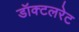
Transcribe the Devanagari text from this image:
डॉक्टलरेट